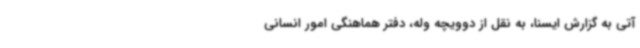
آتی به گزارش ایسنا، به نقل از دوویچه وله، دفتر هماهنگی امور انسانی